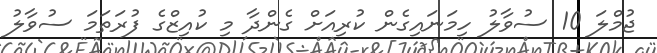
ޖުމްލަ 10 ސުވާލު ހިމަނައިގެން ކުރިއަށް ގެންދާ މި ކުއިޒްގެ ފުރަތަމަ ސުވާލު